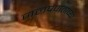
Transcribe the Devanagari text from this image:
जलप्रपाताच्या